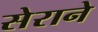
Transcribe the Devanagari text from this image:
सेराने